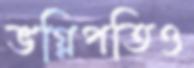
ভগ্নিপতিও